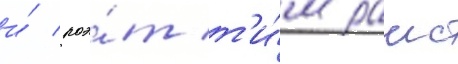
и́ поэ́т т'и́м раис